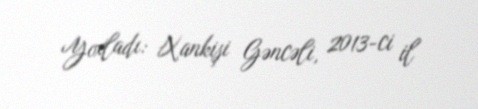
Yoxladı: Xankişi Gəncəli, 2013-ci il